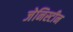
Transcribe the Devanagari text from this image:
जेनिस्टीन